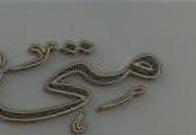
لعتى